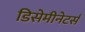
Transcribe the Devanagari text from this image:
डिसेमीनेटर्स